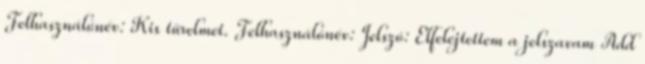
Felhasználónév: Kis türelmet. Felhasználónév: Jelszó: Elfelejtettem a jelszavam Add